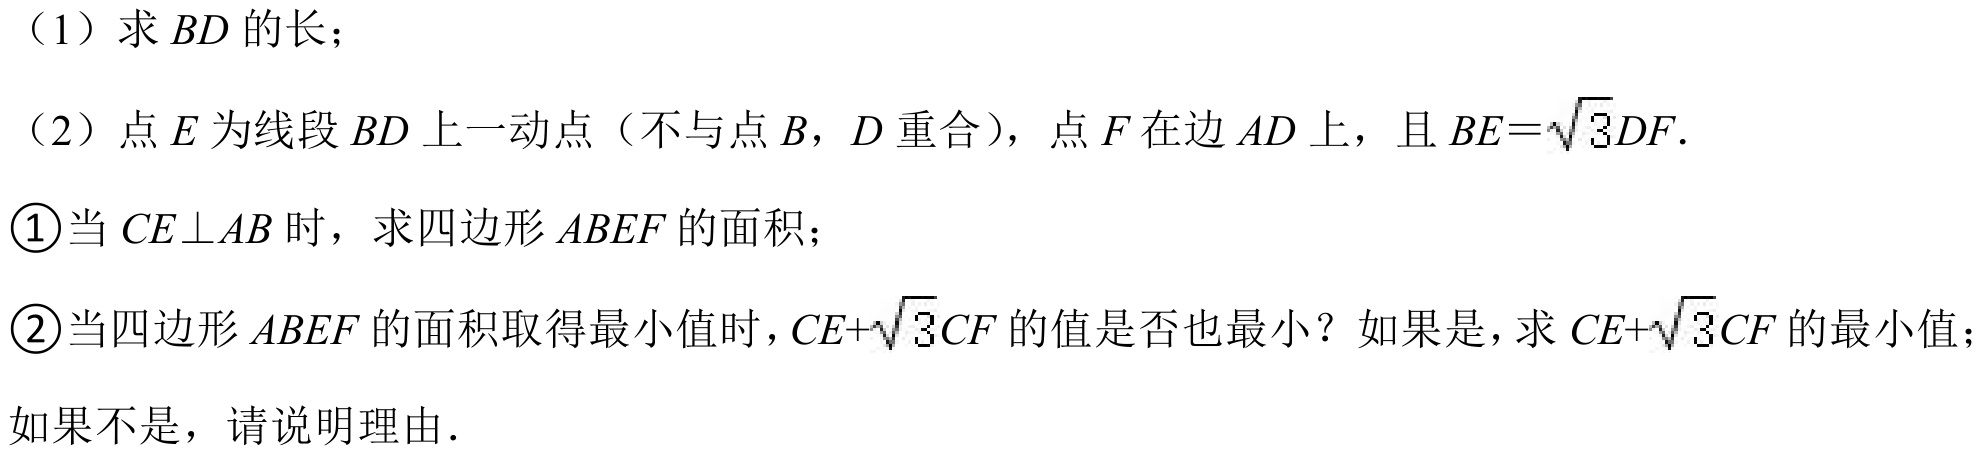
（1）求 \(BD\) 的长；
（2）点 \(E\) 为线段 \(BD\) 上一动点（不与点 \(B\)，\(D\) 重合），点 \(F\) 在边 \(AD\) 上，且 \(BE = \sqrt{3}DF\).
\textcircled{1}当 \(CE\perp AB\) 时，求四边形 \(ABEF\) 的面积；
\textcircled{2}当四边形 \(ABEF\) 的面积取得最小值时，\(CE + \sqrt{3}CF\) 的值是否也最小？如果是，求 \(CE+\sqrt{3}CF\) 的最小值；如果不是，请说明理由.